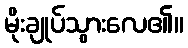
မိုးချုပ်သွားလေ၏။